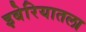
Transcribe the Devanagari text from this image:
इबेरियातला